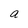
Character: a